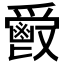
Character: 𩰣